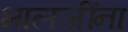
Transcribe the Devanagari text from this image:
भालजींना